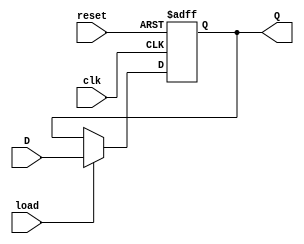
`timescale 1ns / 1ps
//////////////////////////////////////////////////////////////////////////////////// 
//
// Project: Project 4-UART
// Created by <Dustin Nguyen> on <April 17th, 2020>
//
// In submitting this file for class work at CSULB
// I am confirming that this is my work and the work of no one else. 
// 
// In submitting this code I acknowledge that plagiarism in student project
// work is subject to dismissal from the class. 
////////////////////////////////////////////////////////////////////////////////

module ld_reg(clk, reset, D, Q, load);
	
	input            clk, reset, load;
	input      [7:0] D;
	output reg [7:0] Q;
	
	always @(posedge clk, posedge reset)
		if(reset)
			Q <= 8'b0;
		else begin
			if(load)
				Q <= D;
			else
				Q <= Q;
		end 
		
endmodule